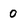
Character: 0